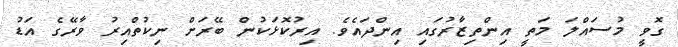
ގޮވީ މުސައްލަ މަތީ އިންތިޒާރުގައި އިންދައެވެ. އިރުކޮޅަކުން ބޭރަށް ނިކުތްއިރު ވާރޭގެ އަޑު